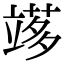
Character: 𥪫